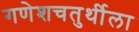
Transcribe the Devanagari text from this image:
गणेशचतुर्थीला